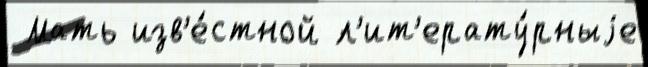
 Мать изв'е́стной л'ит'ерату́рныjе